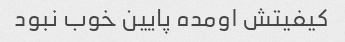
کیفیتش اومده پایین خوب نبود